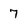
Character: 7